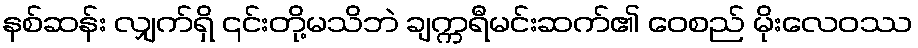
နစ်ဆန်း လျှက်ရှိ ၎င်းတို့မသိဘဲ ချက္ကရီမင်းဆက်၏ ဝေစည် မိုးလေဝဿ